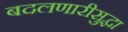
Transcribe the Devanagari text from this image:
बदलणारीसुद्धा